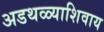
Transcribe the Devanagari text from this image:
अडथळ्याशिवाय